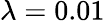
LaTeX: \lambda=0.01